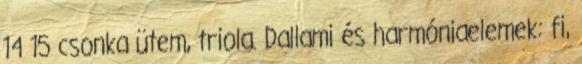
14 15 csonka ütem, triola. Dallami és harmóniaelemek: fi,